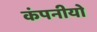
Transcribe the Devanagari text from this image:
कंपनीयो